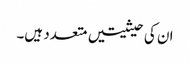
ان کی حیثیتیں متعدد ہیں۔